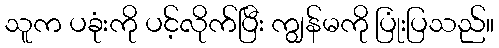
သူက ပခုံးကို ပင့်လိုက်ပြီး ကျွန်မကို ပြုံးပြသည်။